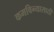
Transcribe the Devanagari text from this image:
कमविन्यासाठी